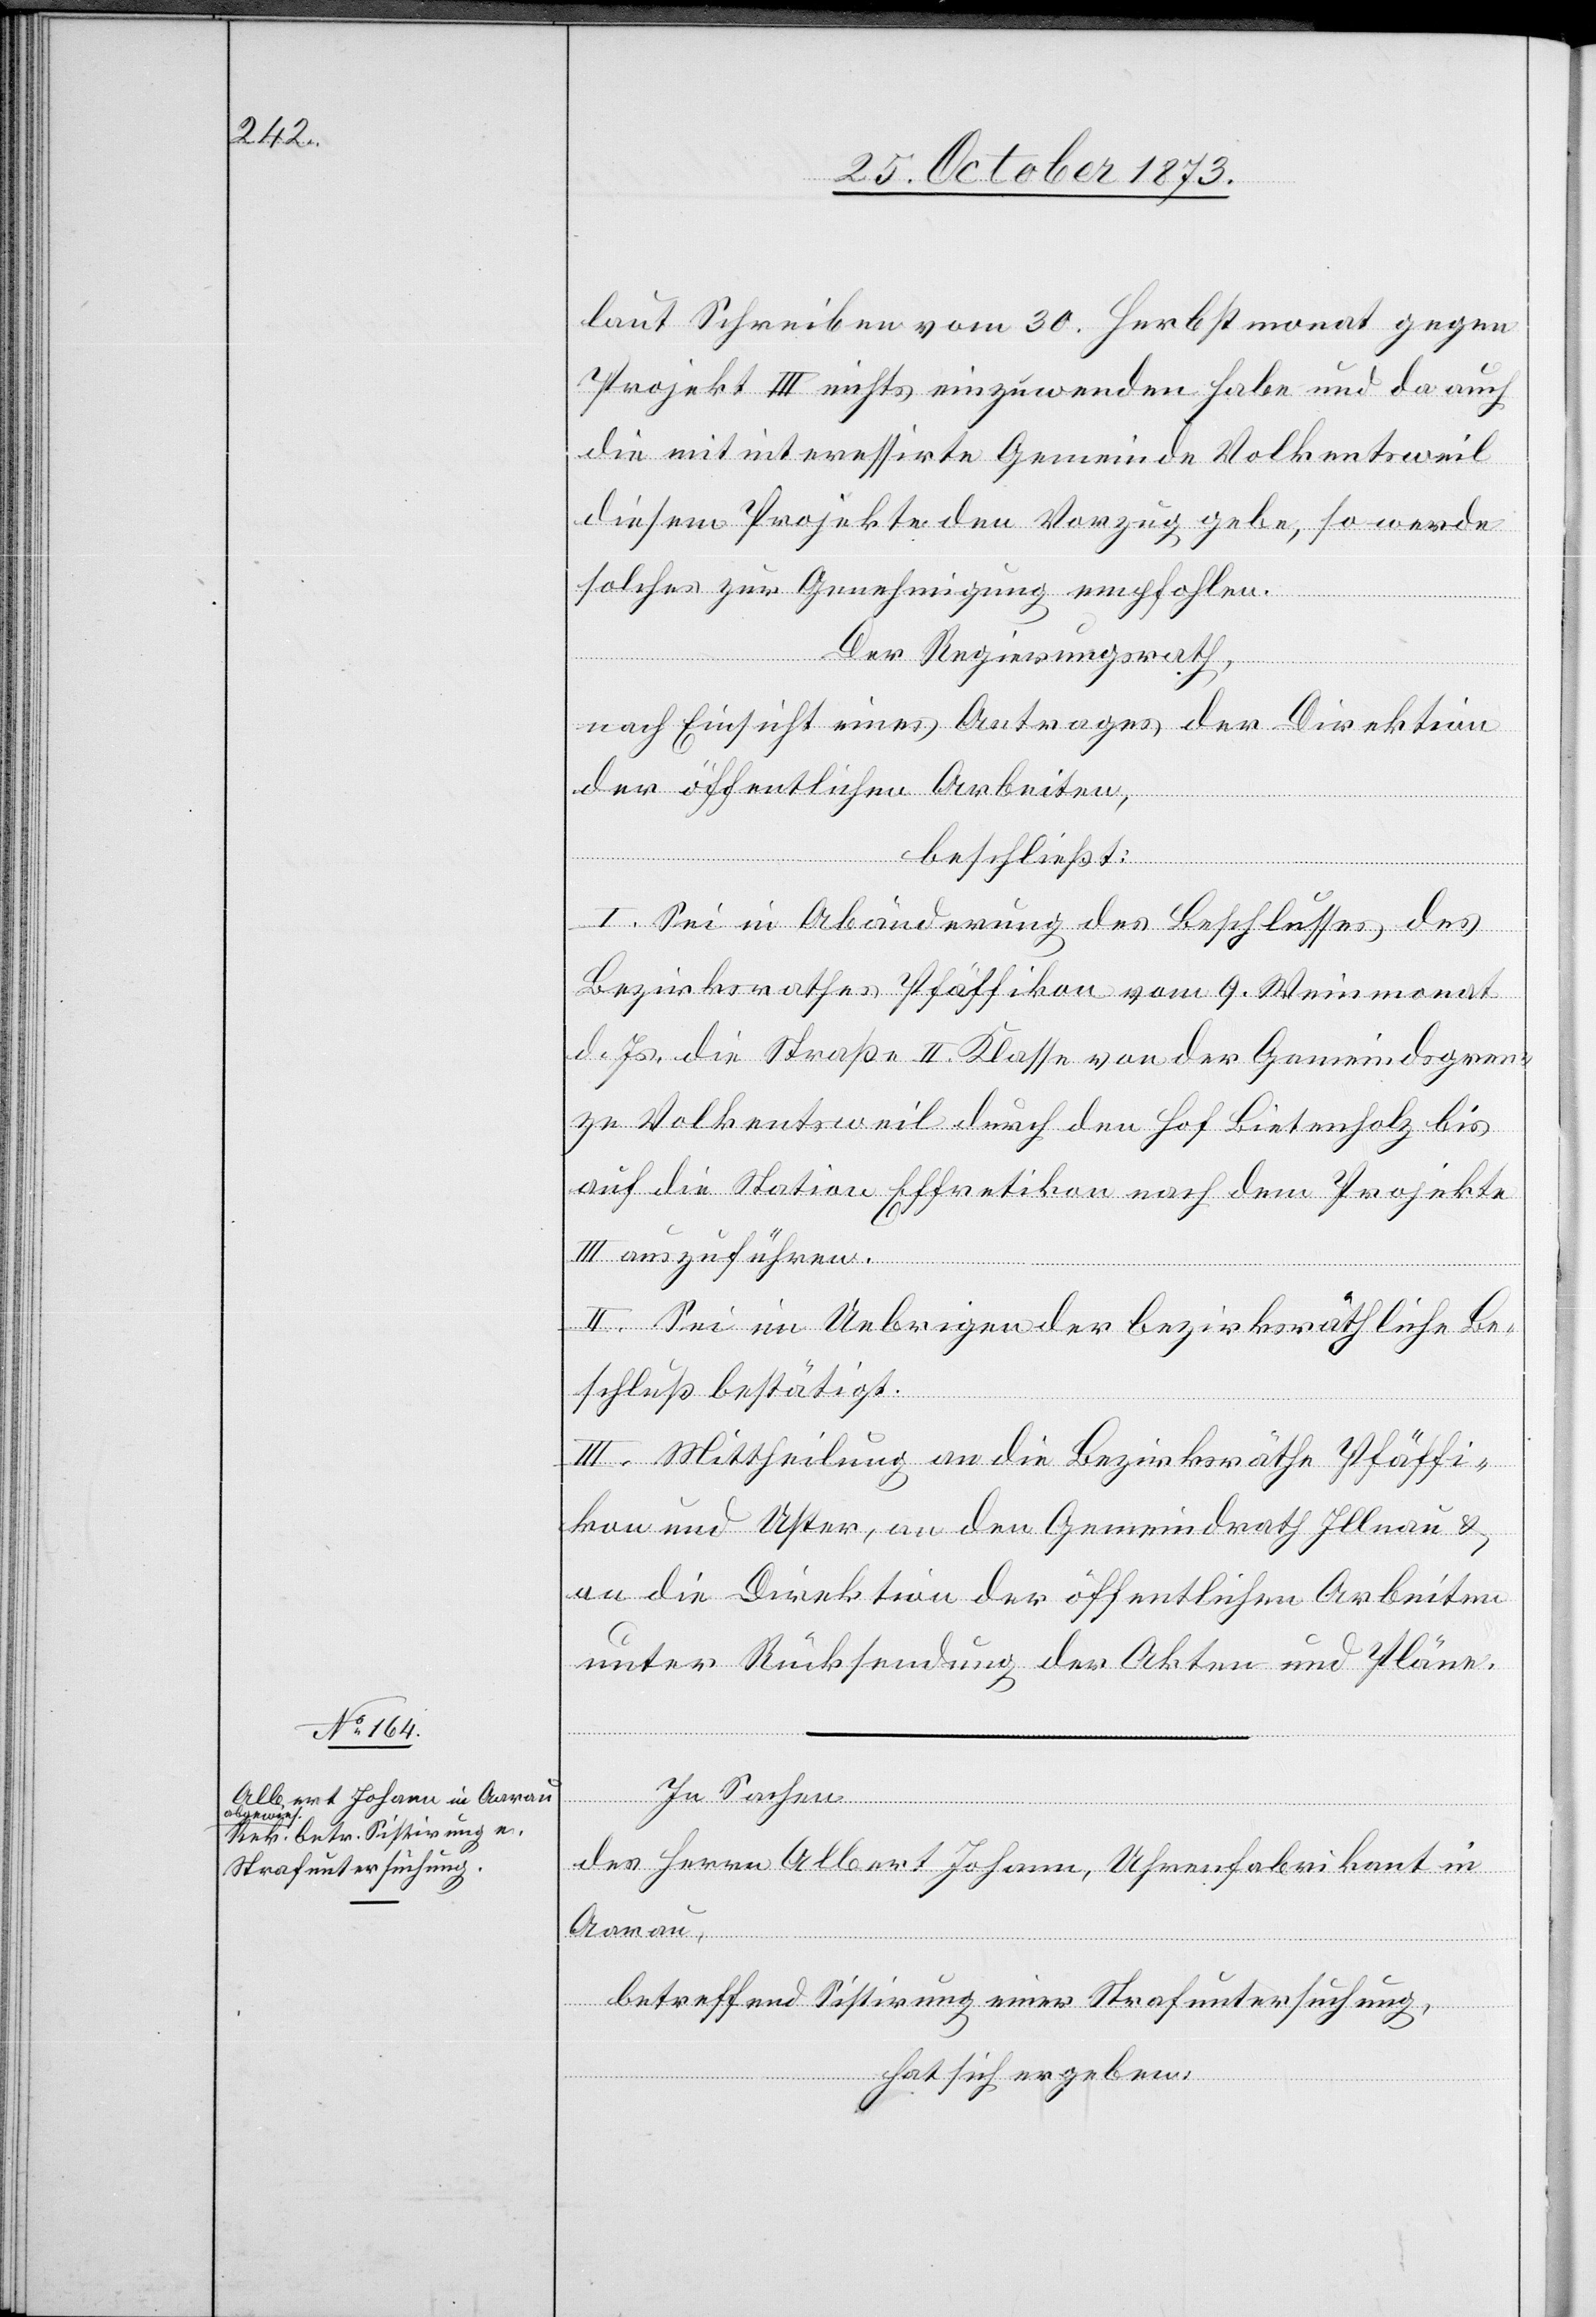
laut Schreiben vom 30. Herbstmonat gegen
Projekt III nichts einzuwenden habe und da auch
die mit interessirte Gemeinde Volkentsweil
diesem Projekte den Vorzug gebe, so werde
solches zur Genehmigung empfohlen.
Der Regierungsrath,
nach Einsicht eines Antrages der Direktion
der öffentlichen Arbeiten,
beschließt:
I. Sei in Abänderung des Beschlusses des
Bezirksrathes Pfäffikon vom 9. Weinmonat
d. Js. die Straße II. Klasse von der Gemeindsgren¬
ze Volkentsweil durch den Hof Bietenholz bis
auf die Station Effretikon nach dem Projekte
III anzuführen.
II. Sei im Uebrigen der bezirksräthliche Be¬
schluß bestätigt.
III. Mittheilung an die Bezirksräthe Pfäffi¬
kon und Uster, an den Gemeindrath Illnau &
an die Direktion der öffentlichen Arbeiten
unter Rücksendung der Akten und Pläne.
In Sachen
des Herrn Albert Johann, Uhrenfabrikant in
Aarau,
betreffend Sistirung einer Strafuntersuchung,
hat sich ergeben: